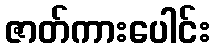
ဇာတ်ကားပေါင်း